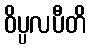
ဝိပ္ပလပီတိ